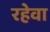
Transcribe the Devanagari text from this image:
रहेवा